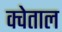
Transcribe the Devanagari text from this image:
क्वेताल